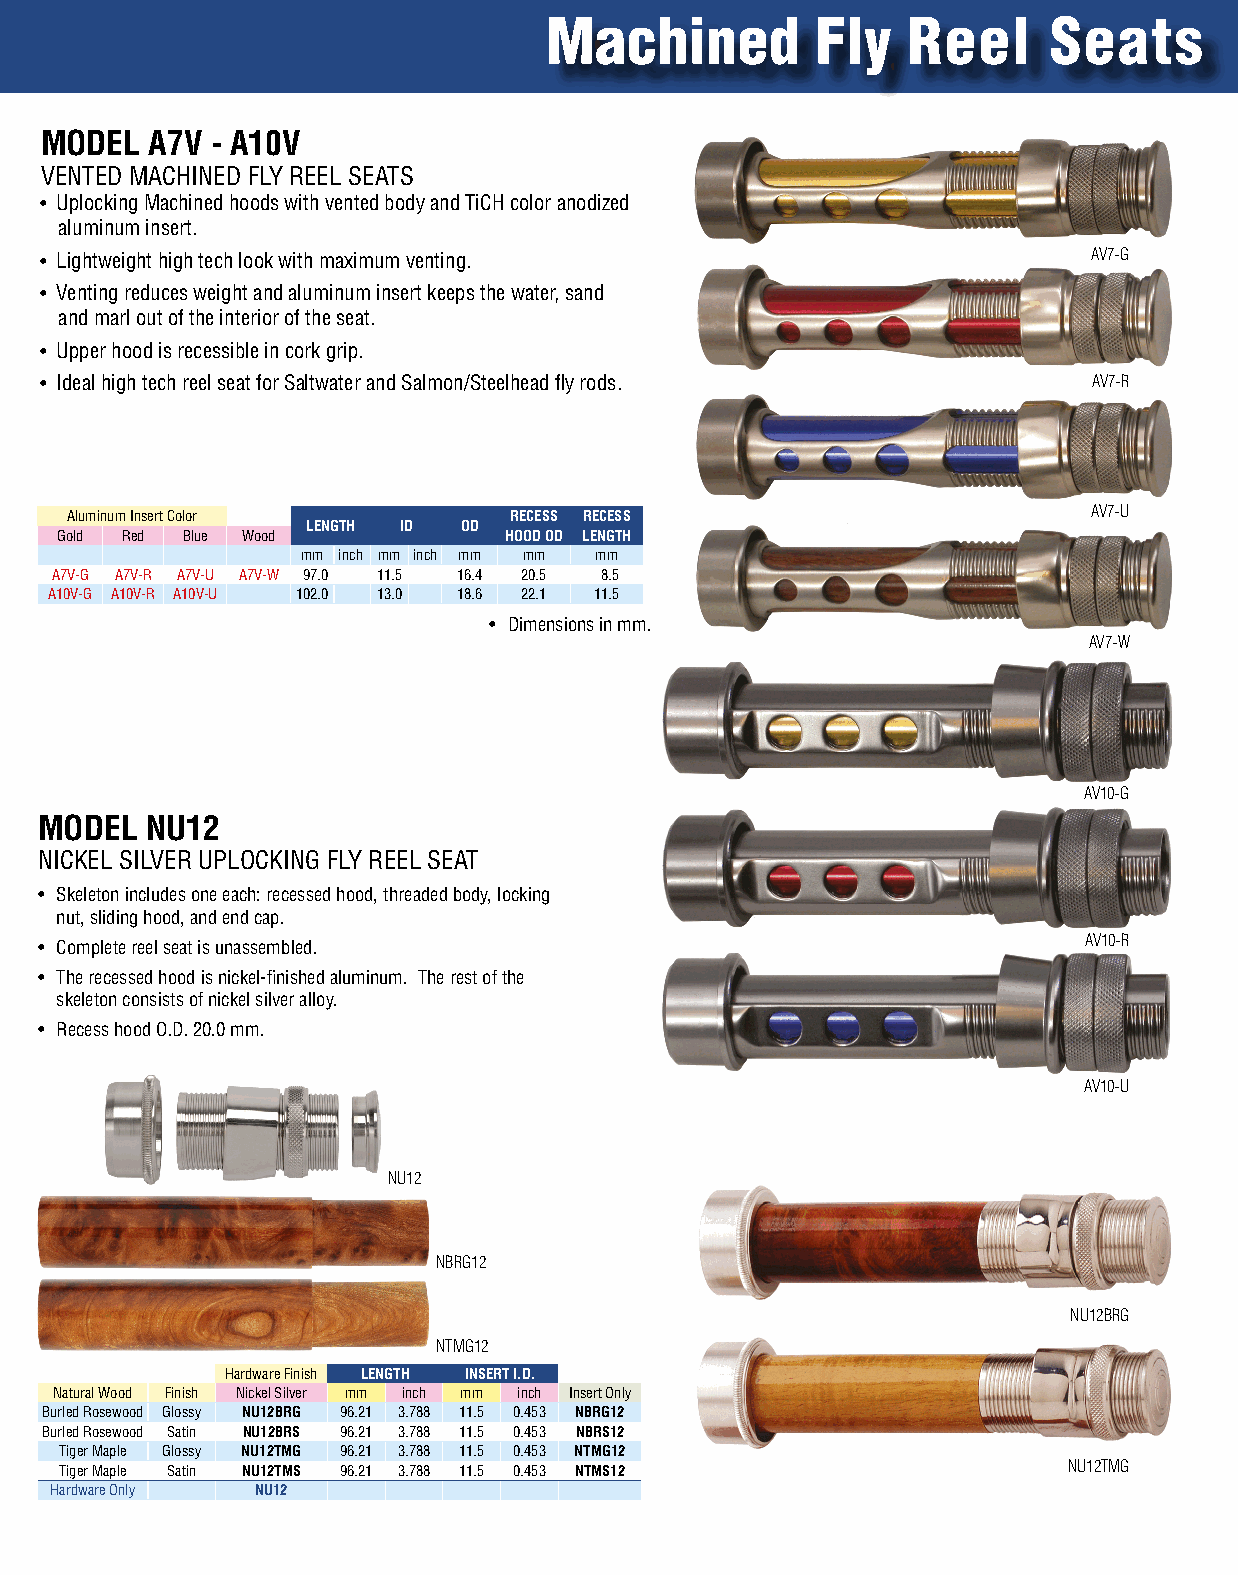
Machined          Fly   Reel      Seats
 MODEL  A7V - A10V
 VenTed MaChined FlY Reel seaTs
 • uplocking Machined hoods with vented body and TiCh color anodized
 aluminum insert.
 • lightweight high tech look with maximum venting.                   AV7-G
 • Venting reduces weight and aluminum insert keeps the water, sand
 and marl out of the interior of the seat.
 • upper hood is recessible in cork grip.
 • ideal high tech reel seat for saltwater and salmon/steelhead fly rods. AV7-R
 aluminum insert Color         RECESS RECESS                         AV7-U
 LENGTH ID OD
 Gold Red Blue Wood           HOOD OD LENGTH
 mm inch mm inch mm mm mm
 a7V-G a7V-R a7V-u a7V-W 97.0 11.5 16.4 20.5 8.5
 a10V-G a10V-R a10V-u 102.0 13.0 18.6 22.1 11.5
 • dimensions in mm.
 AV7-W
 AV10-G
 MODEL   NU12
 niCkel silVeR uploCkinG FlY Reel seaT
 • skeleton includes one each: recessed hood, threaded body, locking
 nut, sliding hood, and end cap.
 • Complete reel seat is unassembled.                                  AV10-R
 • The recessed hood is nickel-finished aluminum. The rest of the
 skeleton consists of nickel silver alloy.
 • Recess hood o.d. 20.0 mm.
 AV10-U
 NU12
 NBRG12
 NU12BRG
 NTMG12
 hardware Finish LENGTH INSERT I.D.
 natural Wood Finish nickel silver mm inch mm inch insert only
 Burled Rosewood Glossy NU12BRG 96.21 3.788 11.5 0.453 NBRG12
 Burled Rosewood satin NU12BRS 96.21 3.788 11.5 0.453 NBRS12
 Tiger Maple Glossy NU12TMG 96.21 3.788 11.5 0.453 NTMG12
 Tiger Maple satin NU12TMS 96.21 3.788 11.5 0.453 NTMS12            NU12TMG
 hardware only NU12